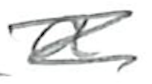
Text: a
Cross-out: scratch
Writing tool: pencil